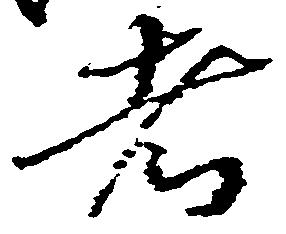
者